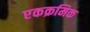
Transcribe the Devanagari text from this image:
एकक्रमिक